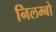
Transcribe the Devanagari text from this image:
निलम्‍बो